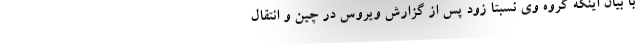
با بیان اینکه گروه وی نسبتا زود پس از گزارش ویروس در چین و انتقال